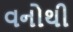
વનોથી